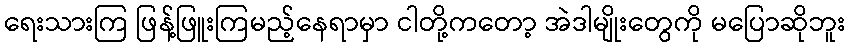
ရေးသားကြ ဖြန့်ဖြူးကြမည့်နေရာမှာ ငါတို့ကတော့ အဲဒါမျိုးတွေကို မပြောဆိုဘူး